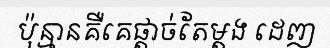
ប៉ុន្មានគឺគេផ្តាច់តែម្តង ដេញ